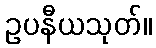
ဥပနီယသုတ်။